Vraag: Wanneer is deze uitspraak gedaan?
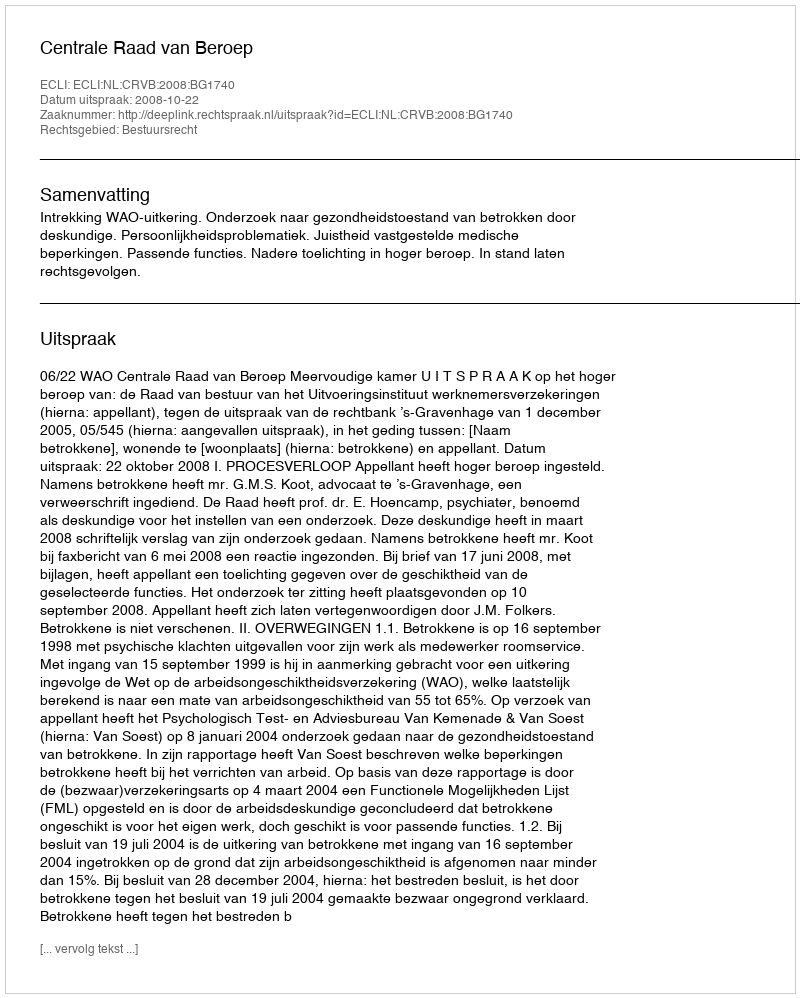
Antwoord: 2008-10-22